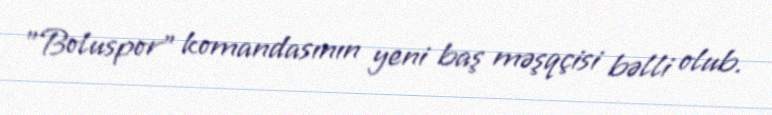
"Boluspor" komandasının yeni baş məşqçisi bəlli olub.